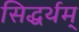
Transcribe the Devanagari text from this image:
सिद्धर्थम्